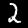
Label: 2